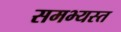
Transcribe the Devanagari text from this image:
समभ्यस्त